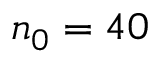
n _ { 0 } = 4 0